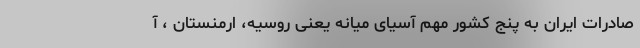
صادرات ایران به پنج کشور مهم آسیای میانه یعنی روسیه، ارمنستان ، آ